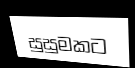
සුසුමකට